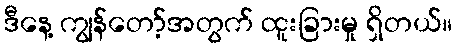
ဒီနေ့ ကျွန်တော့်အတွက် ထူးခြားမှု ရှိတယ်။